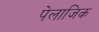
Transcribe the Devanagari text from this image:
पेलाजिक